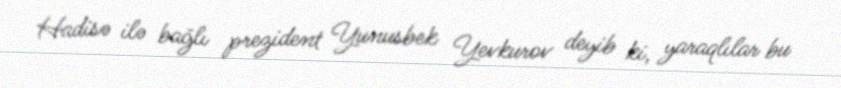
Hadisə ilə bağlı prezident Yunusbek Yevkurov deyib ki, yaraqlılar bu